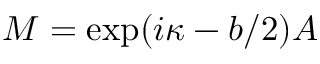
{ \cal M } = \exp ( i \kappa - b / 2 ) A